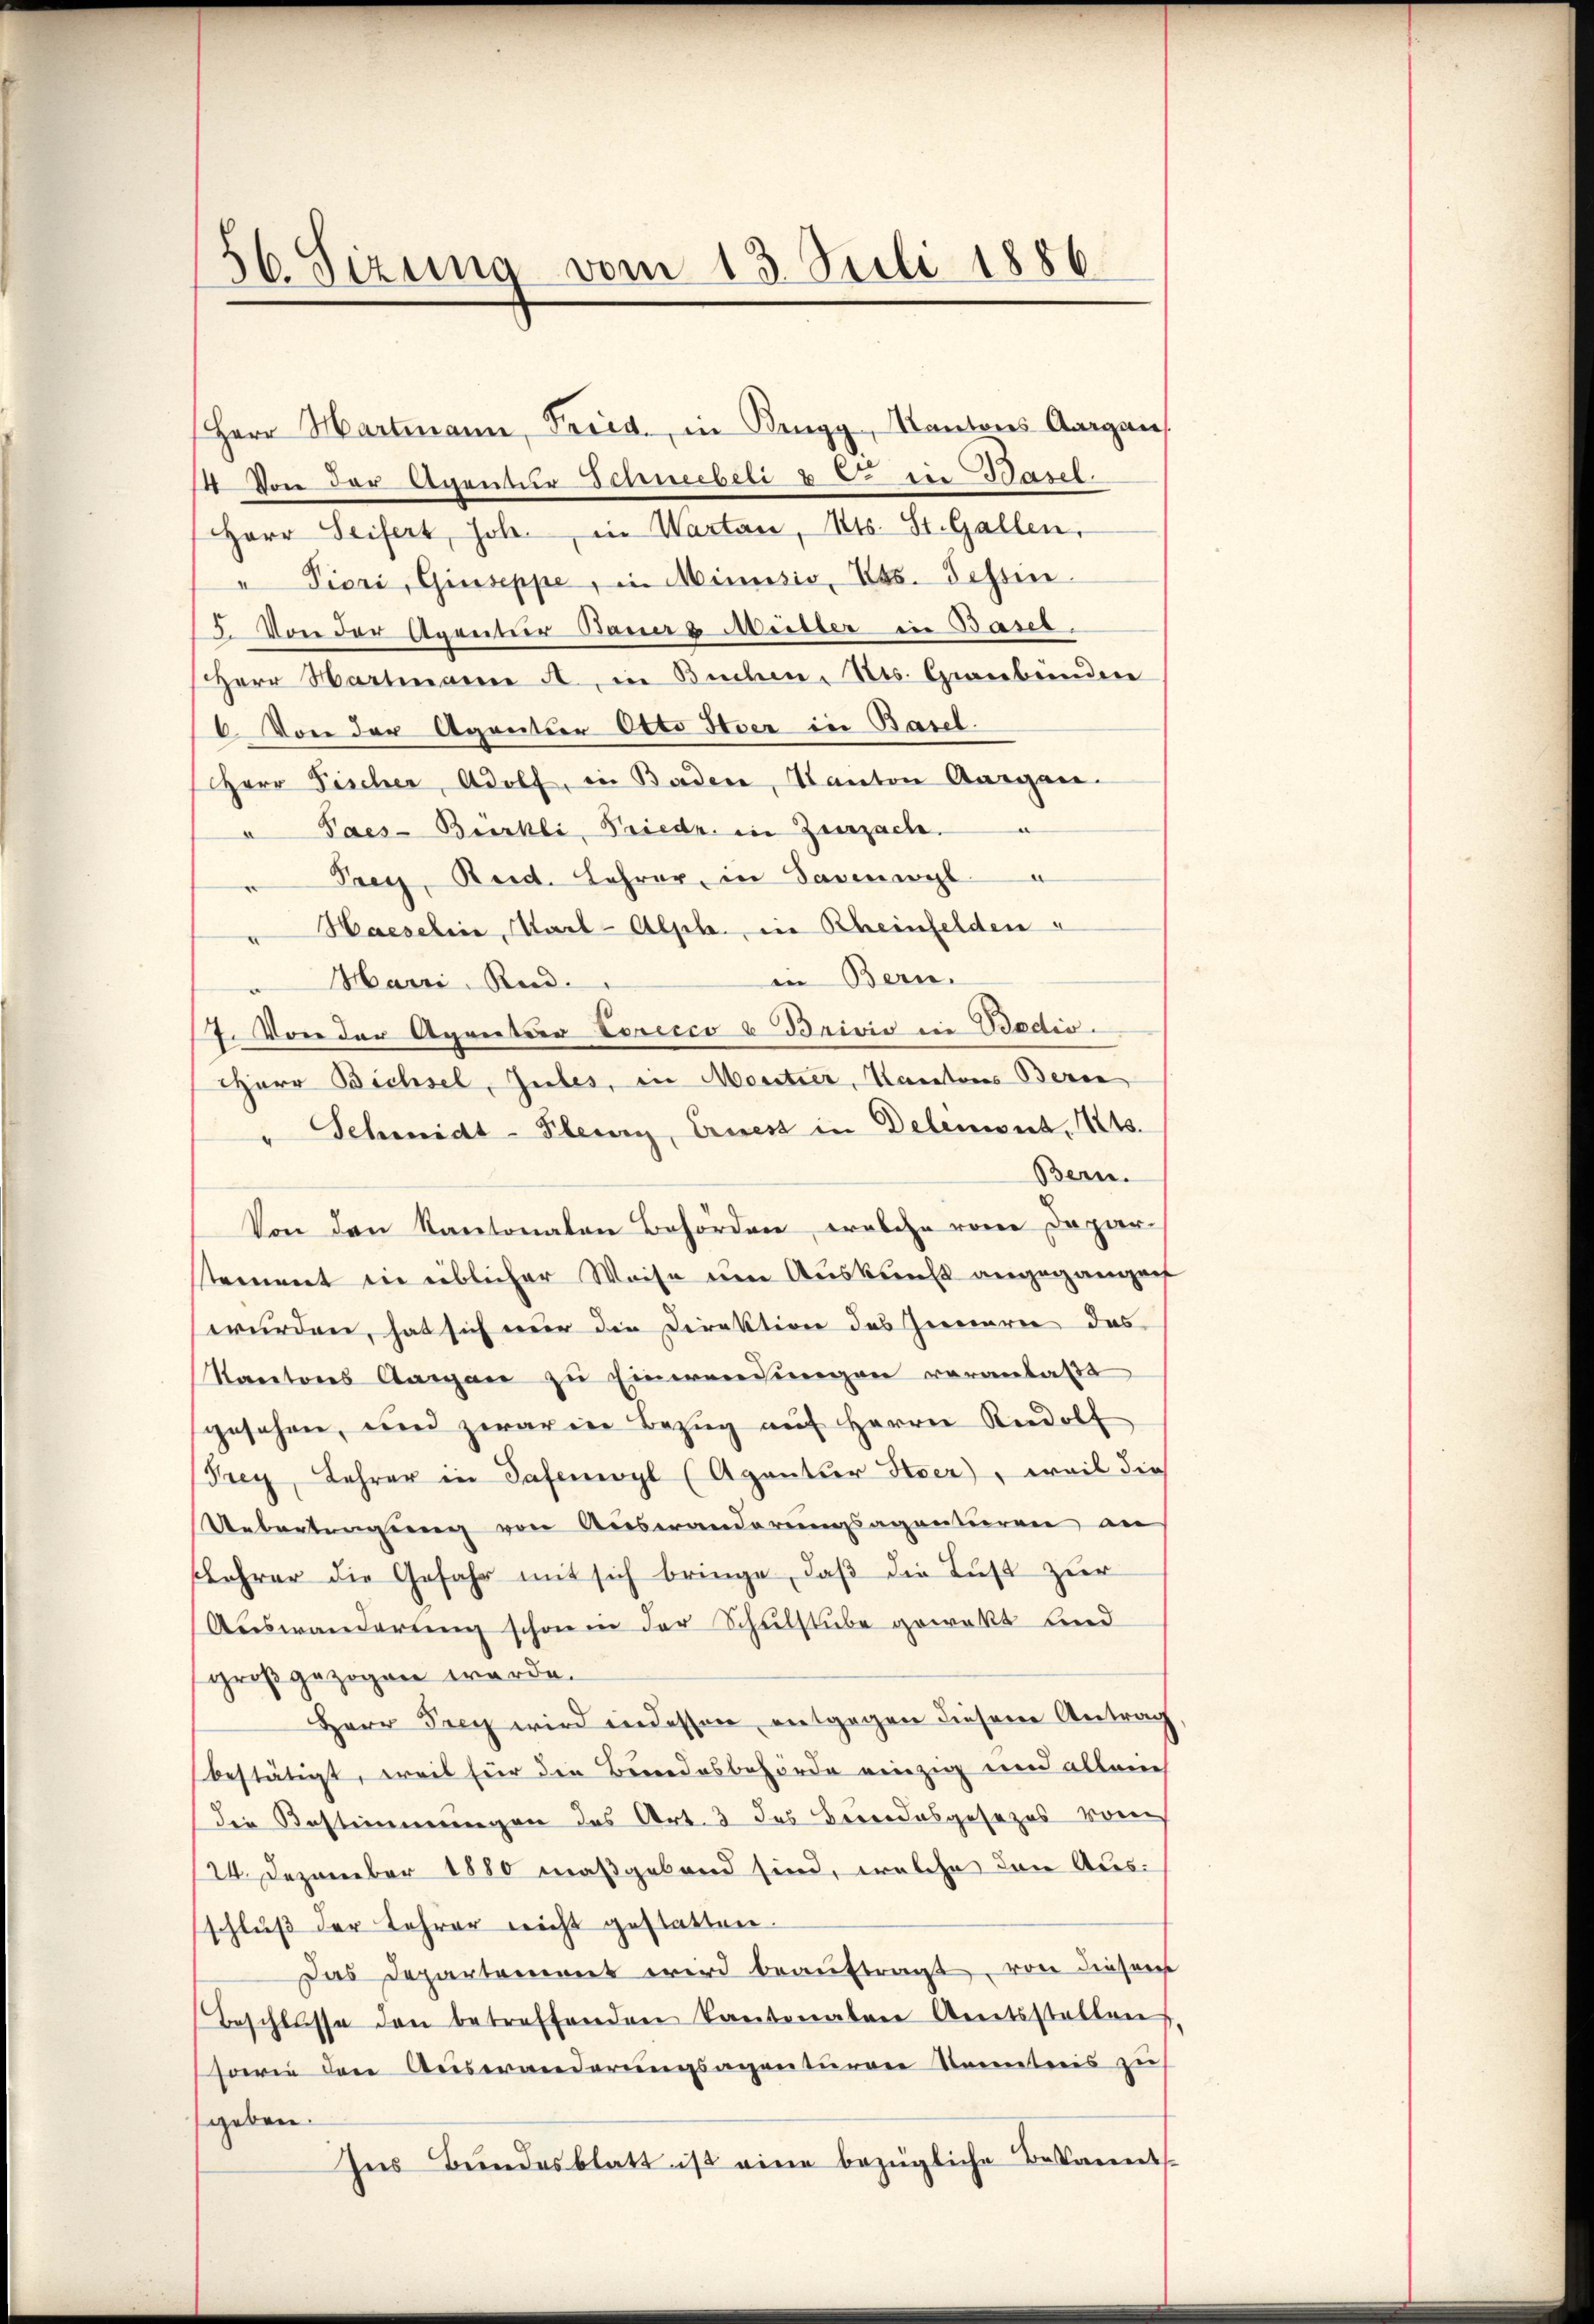
56. Sizung vom 13. Juli 1886

Herr Hartmann, Fried, in Brugg, Kantons Aargaus
14. Von der Agentur Schneebeli u. in Basel.
HHerr Seifert, Joh. in Warten, Kts. St. Gallen,
" Pieri, Giuseppe, in Minusis, Ess. Sessen.
5. Von der Agentier Baues Mütter in Basel.
Herr Wartmanne , in Bucher. Mts. Graubünden
6. Von der Agentior Otto der in Basel.
HHerr Fischer, Adolf, in Baden, Kanton Aargau.
a Paes-Bürkli, Friedr. in Zurzach.
Preis, Beid. Lehrer, in Savenasyl
Hacselina, Karl-Alph., in Rheinfelden
in Bern.
Harri, Red.
7. Von der Agentar Eerecco u Brivio in Bedio.
Herr Bichsel, Gutes, in Moutier, Kantons Bere
Schmidt-Fleury, Ernest in Delemont. Mts.
Bern.
Von den Kantonalen Behörden, eraben von Dozier-
stement in üblicher Weise um Auskunft angegangen
wurden, hat sich nur die Direktion des Jenneren das
Kantons Aargau zu Einwendungen veranlaße
gesehen, und zwar in Bezug auf Herrn Rudolf
Prey, Lehrer in Patenwyl (Agantier Ster), weil die
Uebertragung von Auswanderungsagantieren an
slehrer die Gefahr mit sich bringe, daß die Lust zur
Auswanderung schon in der Schulstube gewekt sind
groß gezogen werde.
Herr Frey wird indessen entgegen diesem Antrag
bestätigt, weil für die Bundesbehörde einzig und allein
die Bestimmungen des Art. 3 das Bereidesgesezes vom
124. Dezember 1880 maßgebend sind, welche den Aus-
schluß der Lehrer nicht gestatten.
Das Departement wird beauftragt, von diesem
Beschlusse den betreffenden Kantonalen Amtsstellen
sowie den Auswanderŭngsagenturen Kenntnis zŭ
geben.
Ins Bundesblatt ist eine bezügliche Bekannts